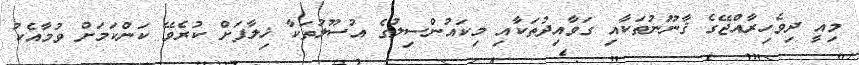
މިއީ ދިވެހިރާއްޖޭގެ ޤާނޫނުތަކާއި ގަވާއިދުތަކާއި މިކައުންސިލުގެ އުސޫލުތަކާ ޚިލާފަށް ކުރެވޭ ކަންކަމަށް ވުމާއެކު